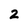
Character: 2